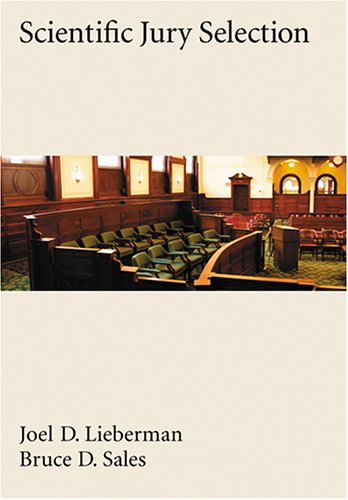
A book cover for Scientific Jury Selection (Law and Public Policy); Joel D. Lieberman; Law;